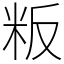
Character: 粄